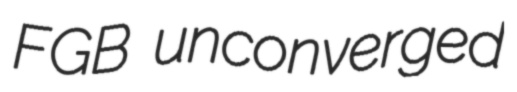
FGB unconverged